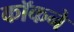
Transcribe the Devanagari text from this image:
कॉकने